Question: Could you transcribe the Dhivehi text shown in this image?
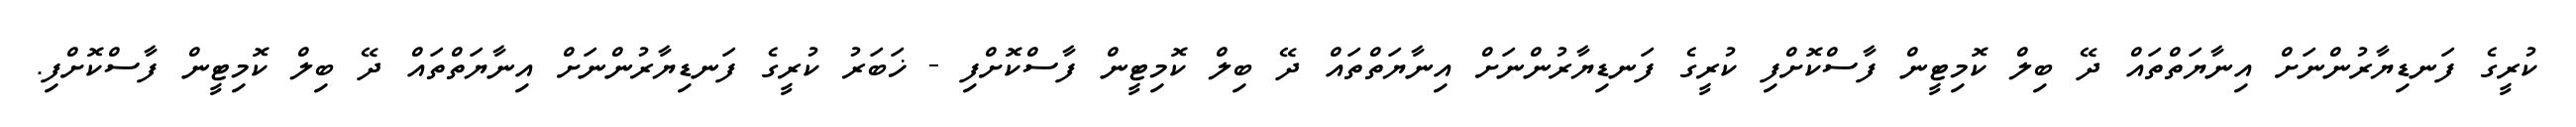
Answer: ކުރީގެ ފަނޑިޔާރުންނަށް އިނާޔަތްތައް ދޭ ބިލް ކޮމިޓީން ފާސްކޮށްފި ކުރީގެ ފަނޑިޔާރުންނަށް އިނާޔަތްތައް ދޭ ބިލް ކޮމިޓީން ފާސްކޮށްފި - ޚަބަރު ކުރީގެ ފަނޑިޔާރުންނަށް އިނާޔަތްތައް ދޭ ބިލް ކޮމިޓީން ފާސްކޮށްފި.